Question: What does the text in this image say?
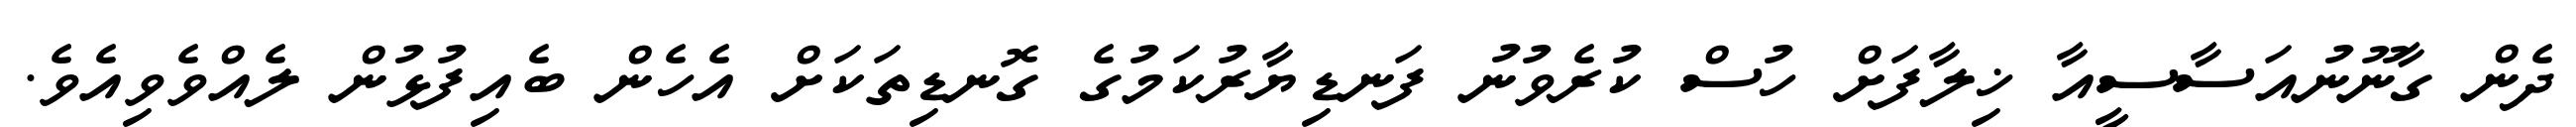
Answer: ދެން ގާނޫނުއަސާސީއާ ޚިލާފަށް ހުސް ކުރެވުނު ފަނޑިޔާރުކަމުގެ ގޮނޑިތަކަށް އެހެން ބެއިފުޅުން ލެއްވެވިއެވެ.